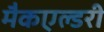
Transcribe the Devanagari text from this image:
मैकएल्डरी